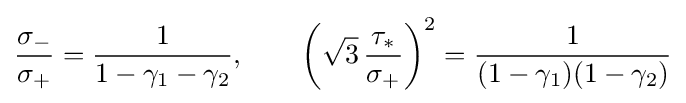
{\frac {\sigma _{-}}{\sigma _{+}}}={\frac {1}{1-\gamma _{1}-\gamma _{2}}},\qquad {\bigg (}{\sqrt {3}}\,{\frac {\tau _{*}}{\sigma _{+}}}{\bigg )}^{2}={\frac {1}{(1-\gamma _{1})(1-\gamma _{2})}}